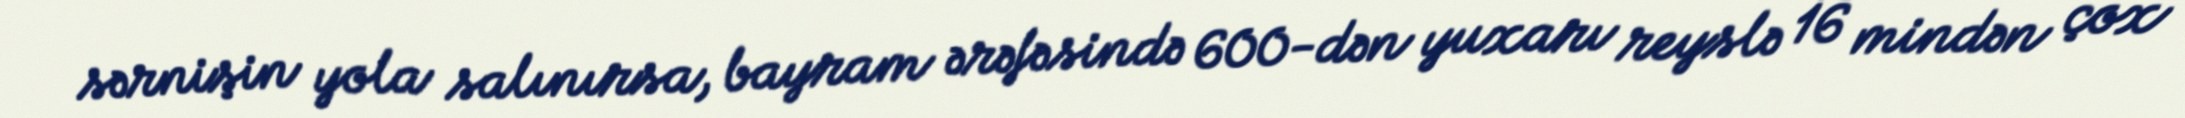
sərnişin yola salınırsa, bayram ərəfəsində 600-dən yuxarı reyslə 16 mindən çox